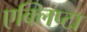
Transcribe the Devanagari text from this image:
एक्लिप्टा